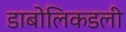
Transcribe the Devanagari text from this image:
डाबोलिकडली